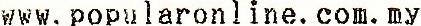
WWW.POPULARONLINE.COM.MY